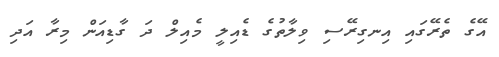
އޭގެ ތެރޭގައި އިނގިރޭސި ވިލާތުގެ ޑެއިލީ މެއިލް ދަ ގާޑިއަން މިރާ އަދި